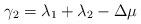
LaTeX: \begin{align*}\gamma_2 = \lambda_1 + \lambda_2 - \Delta\mu\end{align*}